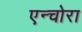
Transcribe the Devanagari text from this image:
एन्चोरा